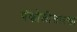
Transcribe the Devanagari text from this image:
पंकोळीसारखा